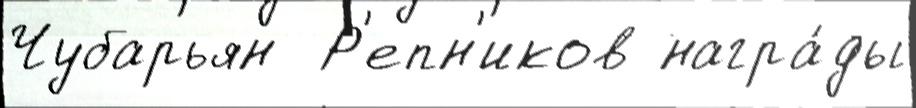
Чубарьян  Р'епн'иков награ́ды